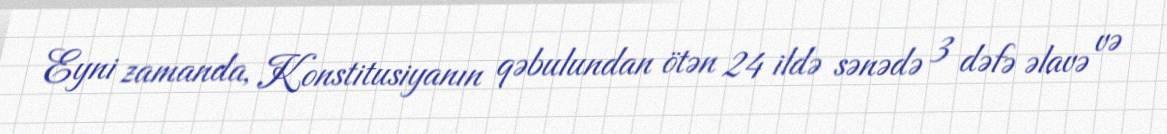
Eyni zamanda, Konstitusiyanın qəbulundan ötən 24 ildə sənədə 3 dəfə əlavə və